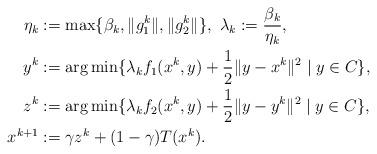
LaTeX: \begin{align*}\eta_k &:= \max\{\beta_k, \|g_1^k\|, \|g_2^k\|\}, \ \lambda_k := \dfrac{\beta_k}{\eta_k},\\y^k &:= \arg\min\{\lambda_k f_1(x^k, y) + \dfrac{1}{2}\|y - x^k\|^2 \mid y \in C\},\\z^k &:= \arg\min\{\lambda_k f_2(x^k, y) +\dfrac{1}{2}\|y - y^k\|^2 \mid y \in C\},\\x^{k+1} &:= \gamma z^k + (1-\gamma)T(x^k).\end{align*}